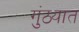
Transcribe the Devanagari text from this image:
गुंठ्यात